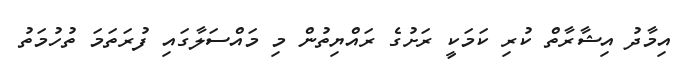
އިމާދު އިޝާރާތް ކުރި ކަމަކީ ރަށުގެ ރައްޔިތުން މި މައްސަލާގައި ފުރަތަމަ ތުހުމަތު